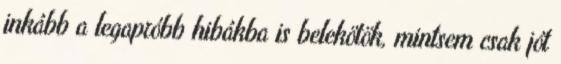
inkább a legapróbb hibákba is belekötök, mintsem csak jót